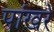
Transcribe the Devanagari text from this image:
पांखरें